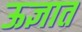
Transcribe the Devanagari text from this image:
ऊज्ञात